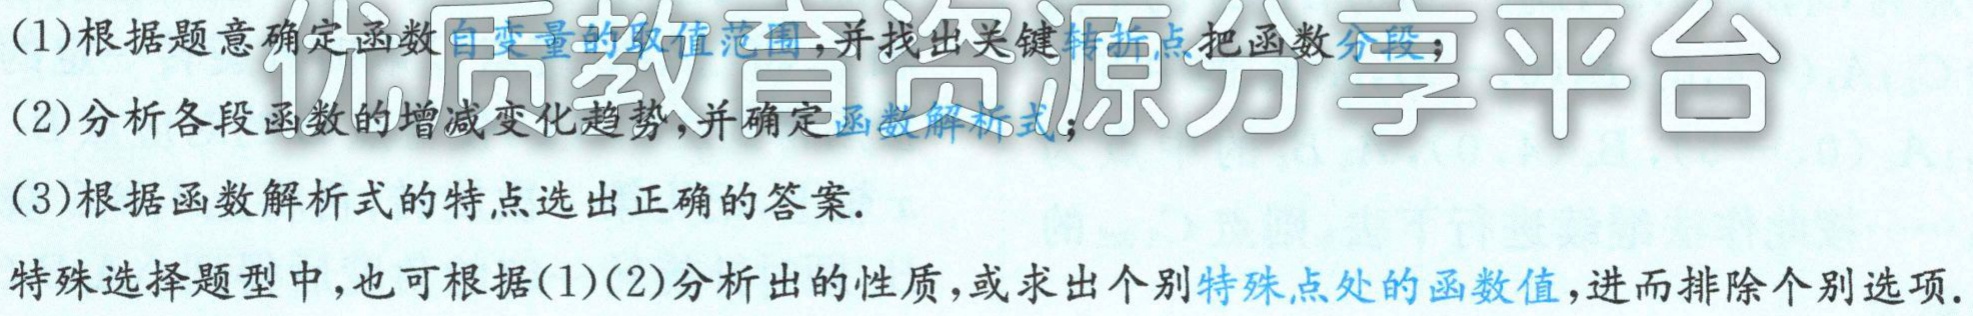
(1)根据题意确定函数自变量的取值范围,并找出关键转折点把函数分段;
(2)分析各段函数的增减变化趋势,并确定函数解析式;
(3)根据函数解析式的特点选出正确的答案.
特殊选择题型中,也可根据(1)(2)分析出的性质,或求出个别特殊点处的函数值,进而排除个别选项.